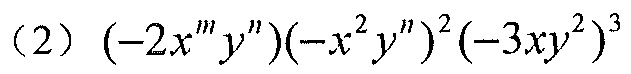
(2) \((-2x^{m}y^{n})(-x^{2}y^{n})^{2}(-3xy^{2})^{3}\)